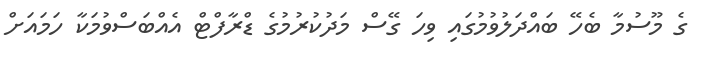
ގެ މޫސުމާ ބެހޭ ބައްދަލުވުމުގައި ވިހަ ގޭސް މަދުކުރުމުގެ ޑްރާފްޓް އެއްބަސްވުމަކާ ހަމައަށް